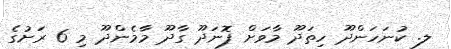
ލ. ކުނަހަންދޫ ހިތަދޫ މާވަށް ފޮނަދޫ ގާދޫ މާމެންދޫ މި 6 ރަށުގެ